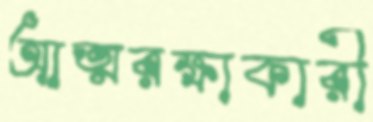
আত্মরক্ষাকারী